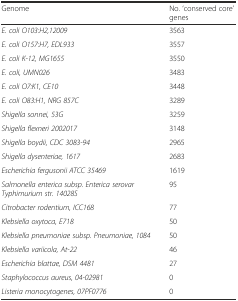
| Genome | No. ‘conserved core’ genes |
 | --- | --- |
 | E. coli O103:H2,12009 | 3563 |
 | E. coli O157:H7, EDL933 | 3557 |
 | E. coli K-12, MG1655 | 3550 |
 | E. coli, UMN026 | 3483 |
 | E. coli O7:K1, CE10 | 3448 |
 | E. coli O83:H1, NRG 857C | 3289 |
 | Shigella sonnei, 53G | 3259 |
 | Shigella flexneri 2002017 | 3148 |
 | Shigella boydii, CDC 3083-94 | 2965 |
 | Shigella dysenteriae, 1617 | 2683 |
 | Escherichia fergusonii ATCC 35469 | 1619 |
 | Salmonella enterica subsp. Enterica serovar Typhimurium str. 14028S | 95 |
 | Citrobacter rodentium, ICC168 | 77 |
 | Klebsiella oxytoca, E718 | 50 |
 | Klebsiella pneumoniae subsp. Pneumoniae, 1084 | 50 |
 | Klebsiella variicola, At-22 | 46 |
 | Escherichia blattae, DSM 4481 | 27 |
 | Staphylococcus aureus, 04-02981 | 0 |
 | Listeria monocytogenes, 07PF0776 | 0 |